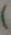
)